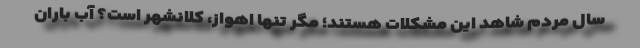
سال مردم شاهد این مشکلات هستند؛ مگر تنها اهواز، کلانشهر است؟ آب باران